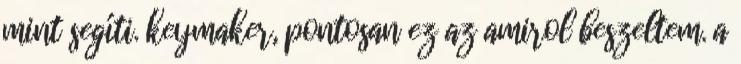
mint segíti. keymaker, pontosan ez az amirol beszeltem. a